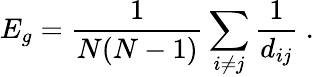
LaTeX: E_{g}=\frac{1}{N(N-1)}\sum_{i\ne j}\frac{1}{d_{ij}}\ .